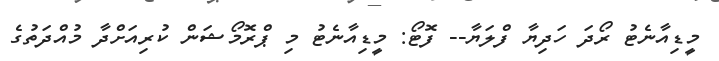
މީޑިއާނެޓު ރޯދަ ހަދިޔާ ފްލަޔާ-- ފޮޓޯ: މީޑިއާނެޓު މި ޕްރޮމޯޝަން ކުރިއަށްދާ މުއްދަތުގެ